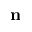
{ \bf n }